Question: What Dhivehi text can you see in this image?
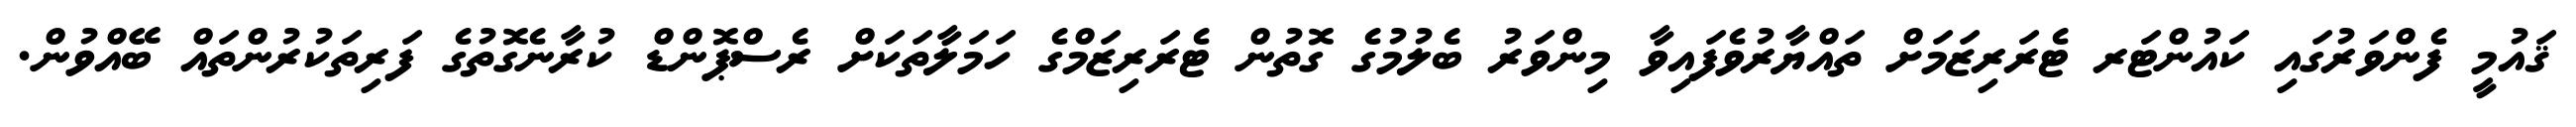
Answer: ޤައުމީ ފެންވަރުގައި ކައުންޓަރ ޓެރަރިޒަމަށް ތައްޔާރުވެފައިވާ މިންވަރު ބެލުމުގެ ގޮތުން ޓެރަރިޒަމްގެ ހަމަލާތަކަށް ރެސްޕޮންޑް ކުރާނެގޮތުގެ ފަރިތަކުރުންތައް ބޭއްވުން.